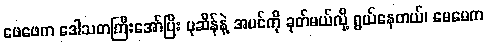
ဖေဖေက ဒေါသတကြီးအော်ပြီး ပုဆိန်နဲ့ အပင်ကို ခုတ်မယ်လို့ ရွယ်နေတယ်၊ မေမေက